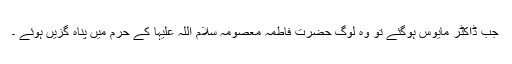
جب ڈاکٹر مایوس ہوگئے تو وہ لوگ حضرت فاطمہ معصومہ سلام اللہ علیہا کے حرم میں پناہ گزیں ہوئے ۔